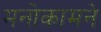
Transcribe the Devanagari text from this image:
मनोकामने